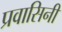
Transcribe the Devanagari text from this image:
प्रवासिनी